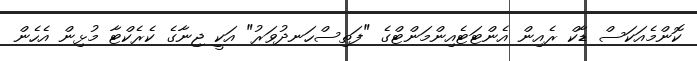
ކޮންމެއަކަސް ޑާކް ރެއިން އެންޓަޓެއިންމަންޓްގެ "ފަތިސްހަނދުވަރު" އަކީ ޖިނާގެ ކެރެކްޓާ މުޅިން އެހެން